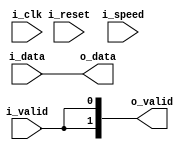
module viterbi_speed_map #(parameter p_auto_pol = 0, parameter p_speed_size = 1, parameter p_speed_pol0 = 1'b1, parameter p_speed_pol1 = 1'b1)(
    i_clk,
    i_reset,
    i_data,
    i_valid,
    i_speed,
    o_data,
    o_valid
    );

    // localparam p_speed_size = $clog2(p_speed_size) + 1;
    
    input i_clk;
    input i_reset;
    input [1:0] i_data;
    input i_valid;
    input [7:0] i_speed;
    output [1:0] o_data;
    output [1:0] o_valid;

    generate 
    if((p_speed_size == 1) && (p_auto_pol == 0)) begin : U_speed_1
        assign o_data = i_data;
        assign o_valid = {2{i_valid}};
    end
    else begin : U_multispeed

        reg [7:0] r_counter = 0;
        reg [1:0] r_odata = 0;
        reg [1:0] r_ovalid = 0;
        reg [p_speed_size-1:0] r_speed_pol0 = p_speed_pol0;
        reg [p_speed_size-1:0] r_speed_pol1 = p_speed_pol1;

        reg [1:0] r_speed_pol = 2'b11;
        reg [1:0] r_speed_nepol = 2'b11;

        wire [7:0] w_speed_to;
        wire [1:0] w_speed_pol;

        assign o_data = r_odata;
        assign o_valid = r_ovalid;
        assign w_speed_to = /*i_speed > p_speed_size ? p_speed_size - 1 : */i_speed - 1;
        if(p_auto_pol == 0)
        begin
            assign w_speed_pol = {r_speed_pol1[0], r_speed_pol0[0]};
        end
        else if(p_auto_pol == 1)
        begin
            assign w_speed_pol = r_speed_pol;
        end
        else 
        begin
            assign w_speed_pol = r_speed_nepol;
        end

        always @(posedge i_clk) begin
            if(i_reset)
            begin
                r_odata <= 0;
                r_ovalid <= 0;
            end
            else 
            begin
                if(i_valid)
                begin
                    r_odata <= i_data & w_speed_pol;
                    r_ovalid <= w_speed_pol;
                end
                else 
                begin
                    r_ovalid <= 0;
                end
            end
        end

        always @(posedge i_clk) begin : a_counter
            if(i_reset)
            begin
                r_counter <= 0;
            end
            else
            begin
                if(i_valid)
                begin
                    if(r_counter >= (w_speed_to))       r_counter <= 0;
                    else                                r_counter <= r_counter + 1;
                end
            end
        end

        if(p_auto_pol == 0)
        begin
            always @(posedge i_clk) begin
                if(i_reset)
                begin
                    r_speed_pol0 <= p_speed_pol0;
                    r_speed_pol1 <= p_speed_pol1;
                end
                else
                begin
                    if(i_valid)
                    begin
                        if(r_counter >= (w_speed_to))       r_speed_pol0 <= p_speed_pol0;
                        else                                r_speed_pol0 <= {r_speed_pol0[0], r_speed_pol0[p_speed_size-1:1]};

                        if(r_counter >= (w_speed_to))       r_speed_pol1 <= p_speed_pol1;
                        else                                r_speed_pol1 <= {r_speed_pol1[0], r_speed_pol1[p_speed_size-1:1]};
                    end
                end
            end
        end
        else
        begin
            always @(posedge i_clk) begin
                if(i_reset)
                begin
                    r_speed_pol <= 2'b11;
                    r_speed_nepol <= 2'b11;
                end
                else 
                begin
                    if(i_valid)
                    begin
                        if(r_counter >= (w_speed_to))           r_speed_pol <= 2'b11;
                        else                                    r_speed_pol <= {!r_counter[0], r_counter[0]};
                        if(r_counter >= (w_speed_to))           r_speed_nepol <= 2'b11;
                        else                                    r_speed_nepol <= {r_counter[0], !r_counter[0]};
                    end
                end
            end
        end
    end
    endgenerate

endmodule